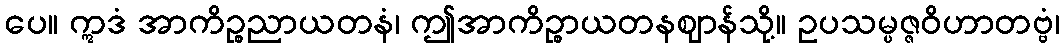
ပေ။ ဣဒံ အာကိဉ္စညာယတနံ၊ ဤအာကိဉ္စာယတနဈာန်သို့။ ဥပသမ္ပဇ္ဇဝိဟာတဗ္ဗံ၊